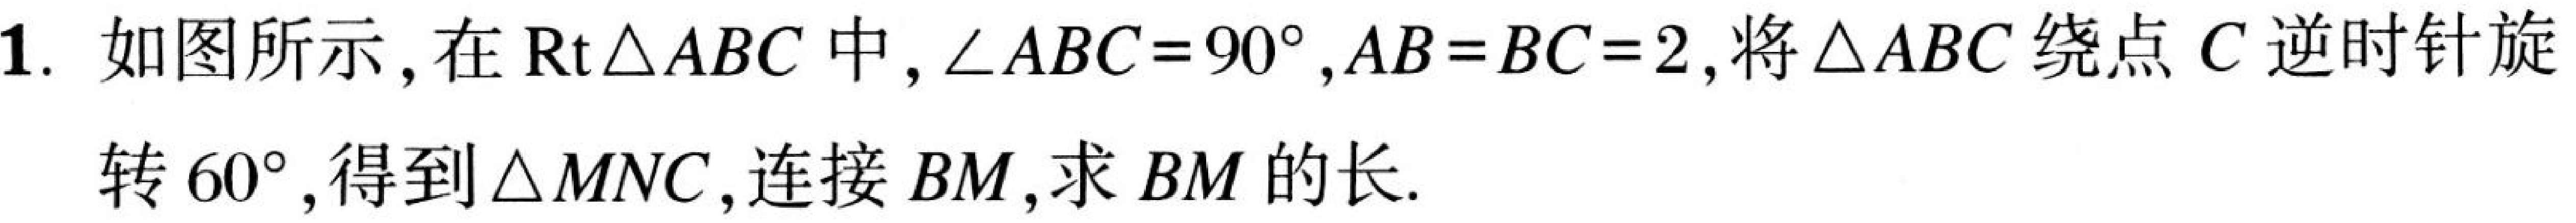
1. 如图所示，在\(\text{Rt}\triangle ABC\)中，\(\angle ABC = 90^{\circ}\)，\(AB = BC = 2\)，将\(\triangle ABC\)绕点\(C\)逆时针旋转\(60^{\circ}\)，得到\(\triangle MNC\)，连接\(BM\)，求\(BM\)的长.